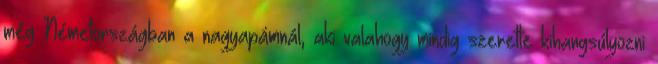
még Németországban a nagyapámnál, aki valahogy mindig szerette kihangsúlyozni